Annual administration report of the Civil Veterinary Department of India - 1892-1893
Year: 1892
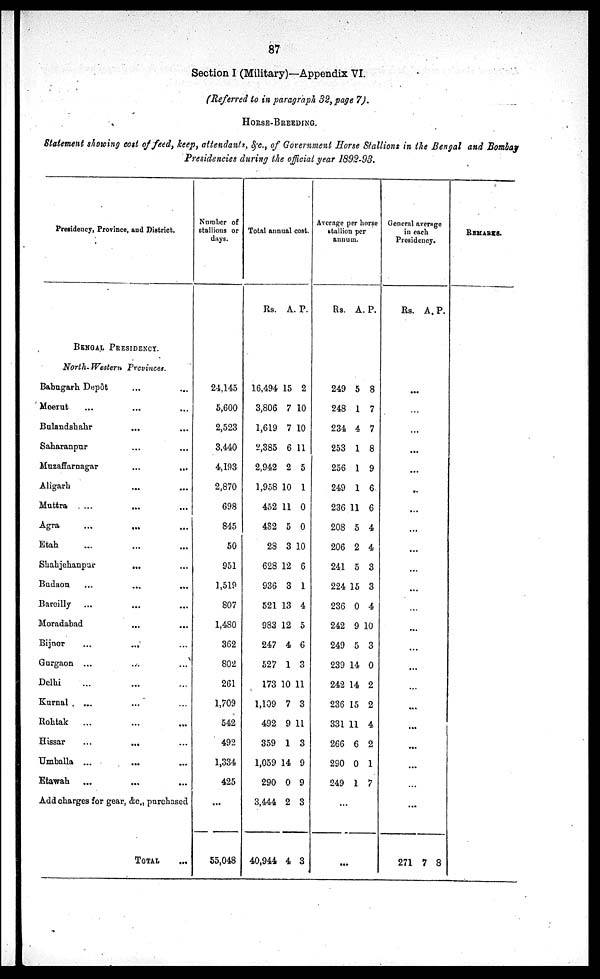
87
Section I (Military)—Appendix VI.
(Referred to in paragraph 32, page 7).
HORSE-BREDDING.
Statement showing cost of feed, keep, attendants, &c., of Government Horse Stallions in the Bengal and Bombay
Presidencies during the official year 1892-93.
Presidency, Province, and District.
BENGAL PRESIDENCY.
North- Western
Provinces.
Babugarh Depôt ... ...
Moerut ... ... ...
Bulandshahr ... ...
Saharanpur ... ...
Muzaffarnagar
...
...
Aligarh ... ...
Muttra ... ... ...
Agra ... ... ...
Etah ... ... ...
Shahjehanpur
... ...
Budaon ... ... ...
Bareilly ... ... ...
Moradabad ... ...
Bijnor
...
... ...
Gugaon ... ... ...
Delhi ... ... ...
Kurnal ... ... ...
Rohtak
... ... ...
Hissar ... ... ...
Umballa ... ... ...
Etawah ... ... ...
Add charges for gear, &c., purchased
TOTAL ...
Number of
stallions or
days.
24,145
5,600
2,523
3,440
4,193
2,870
698
845
50
951
1,519
807
1,480
362
802
261
1,709
542
492
1,334
425
...
55,048
Total annual cost.
Rs. A. P.
16,494
3,806
1,619
2,385
2,942
1,958
452
432
28
628
936
521
983
247
527
173
1,109
492
359
1,059
290
3,444
40,944
15
7
7
6
2
10
11
5
3
12
3
13
12
4
1
10
7
9
1
14
0
2
4
2
10
10
11
5
1
0
0
10
6
1
4
5
6
3
11
3
11
3
9
9
3
3
Average per
stallion per
annum.
Rs. A. P.
249
248
234
253
256
249
236
208
206
241
224
236
242
249
239
242
236
331
266
290
249
5
1
4
1
1
1
11
5
2
5
15
0
9
5
14
14
15
11
6
0
1
8
7
7
8
9
6
6
4
4
3
3
4
10
3
0
2
2
4
2
1
7
...
...
General average
in each
Presidency.
Rs. A. P.
...
...
...
...
...
...
...
...
...
...
...
...
...
...
...
...
...
...
...
...
...
...
271 7 8
REMARKS.